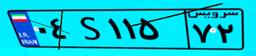
۲۰S۲۵۲۴۰